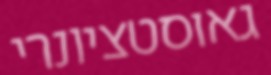
גאוסטציונרי